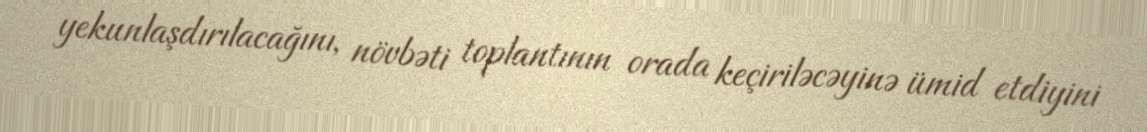
yekunlaşdırılacağını, növbəti toplantının orada keçiriləcəyinə ümid etdiyini